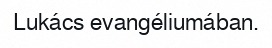
Lukács evangéliumában.